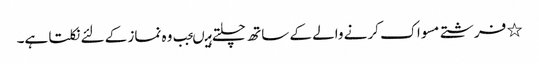
٭ فرشتے مسواک کرنے والے کے ساتھ چلتے ہیںجب وہ نماز کے لئے نکلتا ہے۔